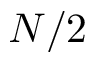
N / 2